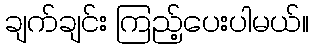
ချက်ချင်း ကြည့်ပေးပါမယ်။